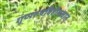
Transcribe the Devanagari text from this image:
गुणरूपविहीनत्वात्